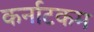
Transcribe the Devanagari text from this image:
कर्नाटकम